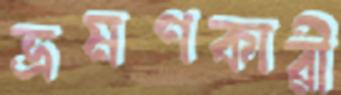
ভ্রমণকারী